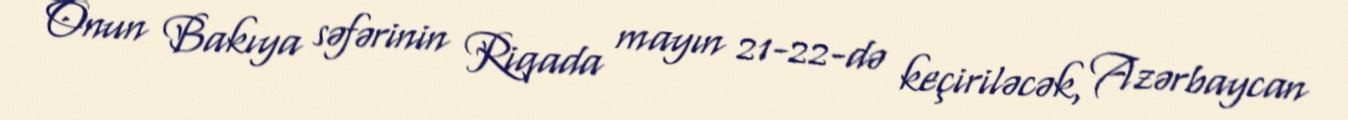
Onun Bakıya səfərinin Riqada mayın 21-22-də keçiriləcək, Azərbaycan